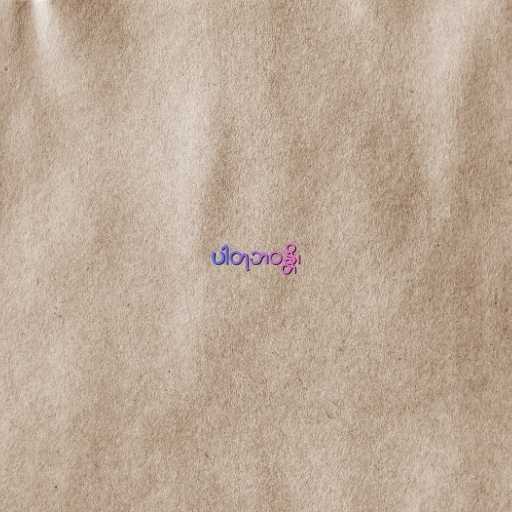
ပါတုဘဝန္တိ၊